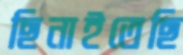
ছিনাইতেছি